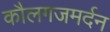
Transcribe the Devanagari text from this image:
कौलगजमर्दन